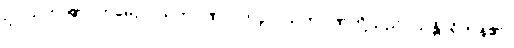
ဥပါသကာ၏။ ဣမေဥပါသကဂုဏာ၊ ဤဥပါသကဂုဏ်တို့သည်။ သန္တိ၊ ရှိကုန်၏။